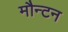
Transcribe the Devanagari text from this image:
मौन्टन